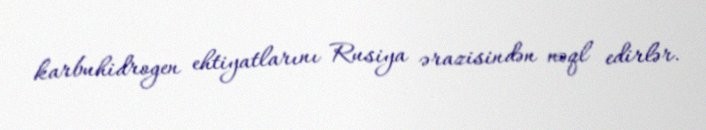
karbuhidrogen ehtiyatlarını Rusiya ərazisindən nəql edirlər.